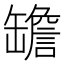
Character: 𦉜